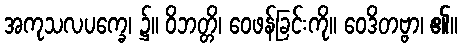
အကုသလပက္ခေ၊ ၌။ ဝိဘတ္တိ၊ ဝေဖန်ခြင်းကို။ ဝေဒိတဗ္ဗာ၊ ၏။